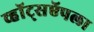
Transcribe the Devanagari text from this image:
व्हॉट्सऍपला